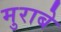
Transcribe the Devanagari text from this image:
मुराबे